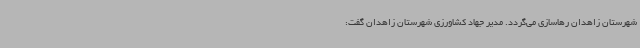
شهرستان زاهدان رهاسازی می‌گردد. مدیر جهاد کشاورزی شهرستان زاهدان گفت: